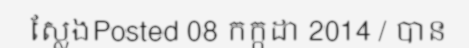
ស្លែងPosted 08 កក្កដា 2014 / បាន